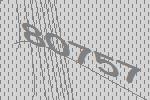
80757